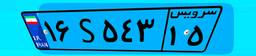
۱۶S۵۴۳۱۵